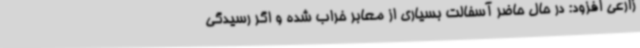
زارعی افزود: در حال حاضر آسفالت بسیاری از معابر خراب شده و اگر رسیدگی